Annual report on the working of the lock hospitals in the North-Western Provinces and Oudh
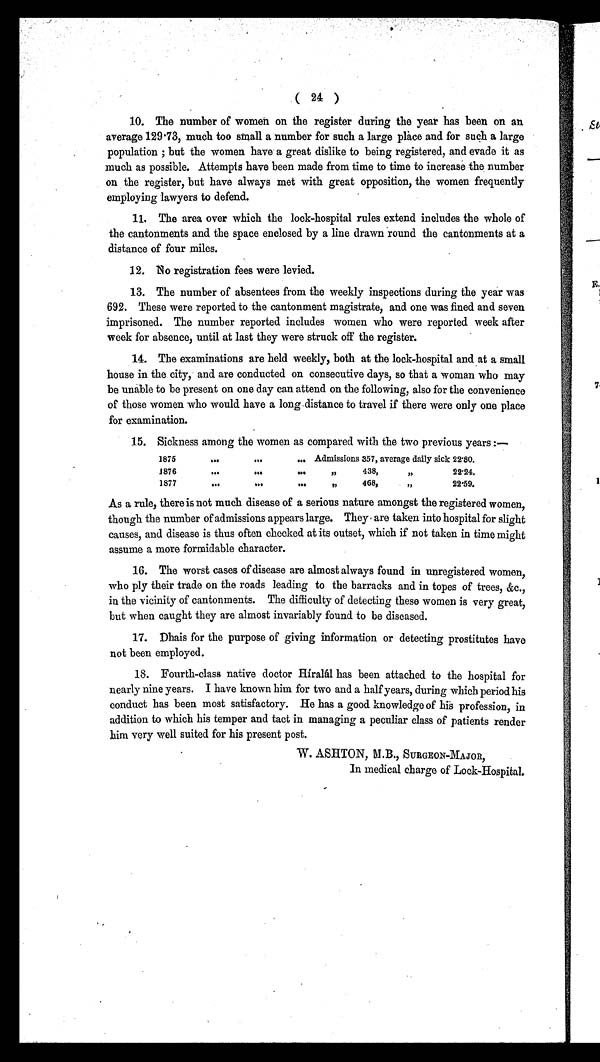
( 24 )
10. The number of women on the register during the year has been on an
average 129·73, much too small a number for such a large place and for such a large
population ; but the women have a great dislike to being registered, and evade it as
much as possible. Attempts have been made from time to time to increase the number
on the register, but have always met with great opposition, the women frequently
employing lawyers to defend.
11. The area over which the lock-hospital rules extend includes the whole of
the cantonments and the space enclosed by a line drawn round the cantonments at a
distance of four miles.
12. No registration fees were levied.
13. The number of absentees from the weekly inspections during the year was
692. These were reported to the cantonment magistrate, and one was fined and seven
imprisoned. The number reported includes women who were reported week after
week for absence, until at last they were struck off the register.
14. The examinations are held weekly, both at the lock-hospital and at a small
house in the city, and are conducted on consecutive days, so that a woman who may
be unable to be present on one day can attend on the following, also for the convenience
of those women who would have a long distance to travel if there were only one place
for examination.
15. Sickness among the women as compared with the two previous years :—
1875
...
. . .
. . . Admissions 357, average daily sick 22·80.
1876
. . .
. . .
. . .
, ,
438,
, ,
22·24.
1877
. . .
...
...
,,
468,
„
22·59.
As a rule, there is not much disease of a serious nature amongst the registered women,
though the number of admissions appears large. They are taken into hospital for slight
causes, and disease is thus often checked at its outset, which if not taken in time might
assume a more formidable character.
16. The worst cases of disease are almost always found in unregistered women,
who ply their trade on the roads leading to the barracks and in topes of trees, &amp;c.,
in the vicinity of cantonments. The difficulty of detecting these women is very great,
but when caught they are almost invariably found to be diseased.
17. Dhais for the purpose of giving information or detecting prostitutes have
not been employed.
18. Fourth-class native doctor Híralál has been attached to the hospital for
nearly nine years. I have known him for two and a half years, during which period his
conduct has been most satisfactory. He has a good knowledge of his profession, in
addition to which his temper and tact in managing a peculiar class of patients render
him very well suited for his present post.
W. ASHTON, M.B., SURGEON-MAJOR,
In medical charge of Lock-Hospital.